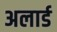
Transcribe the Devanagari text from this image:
अलार्ड